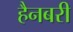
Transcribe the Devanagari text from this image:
हैनबरी